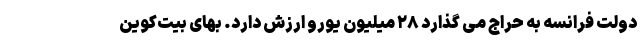
دولت فرانسه به حراج می گذارد ۲۸ میلیون یورو ارزش دارد. بهای بیت‌کوین